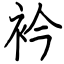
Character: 衿